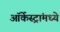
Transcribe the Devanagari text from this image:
ऑर्केस्ट्रांमध्ये